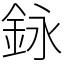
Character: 𨥭